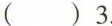
( )3.